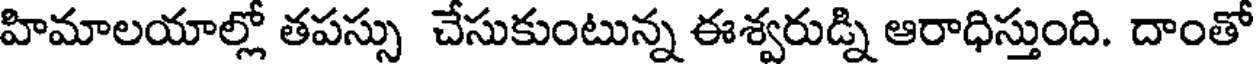
హిమాలయాల్లో తపస్సు చేసుకుంటున్న ఈశ్వరుడ్ని ఆరాధిస్తుంది. దాంతో